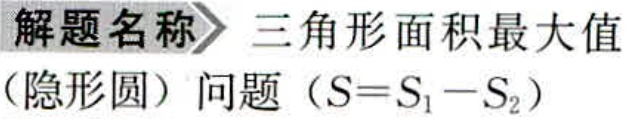
\textbf{解题名称} 三角形面积最大值（隐形圆）问题（\(S = S_1 - S_2\)）